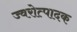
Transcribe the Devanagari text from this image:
ज्वरोत्पादक